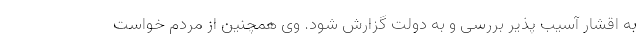
به اقشار آسیب پذیر بررسی و به دولت گزارش شود. وی همچنین از مردم خواست